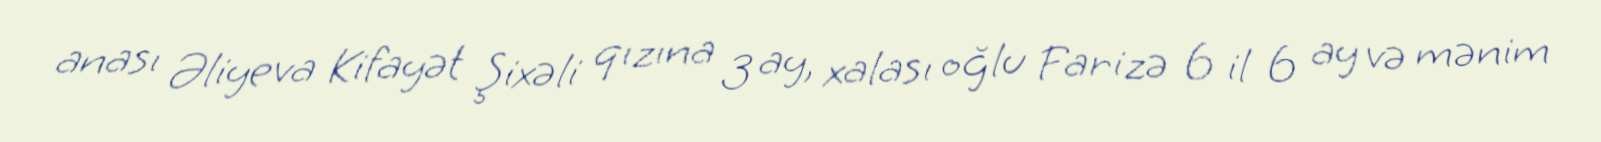
anası Əliyeva Kifayət Şixəli qızına 3 ay, xalası oğlu Farizə 6 il 6 ay və mənim